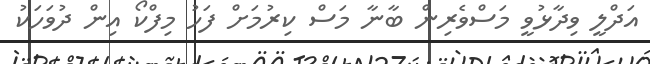
އަދްލީ ވިދާޅުވީ މަސްވެރިން ބާނާ މަސް ކިރުމަށް ފަހު މިފްކޯ އިން ދުވަހަކު